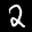
Label: 2